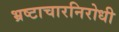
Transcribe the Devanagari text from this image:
भ्रष्टाचारनिरोधी